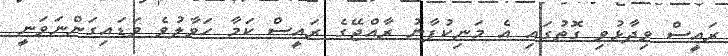
ރައީސް ވިދާޅުވި ގޮތުގައި އެ މަނިކުފާނު ރާއްޖޭގެ ރައީސް ކަމާ ހަވާލުވެ ވަޑައިގަންނަވަނީ